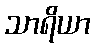
သာရိယာ